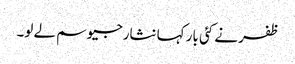
ظفر نے کئی بار کہا نثارجیو سم لے لو۔